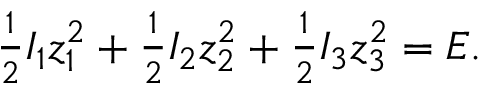
\begin{array} { r } { \frac 1 2 I _ { 1 } z _ { 1 } ^ { 2 } + \frac 1 2 I _ { 2 } z _ { 2 } ^ { 2 } + \frac 1 2 I _ { 3 } z _ { 3 } ^ { 2 } = E . } \end{array}